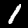
Label: 1